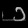
Digit: ၁